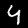
Digit: 4